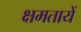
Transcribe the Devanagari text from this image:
क्षमतायें